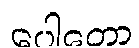
ပေါတော